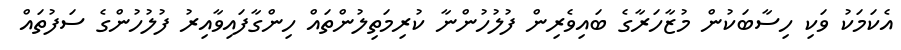
އެކަމަކު ވަކި ހިސާބަކުން މުޒާހަރާގެ ބައިވެރިން ފުލުހުންނާ ކުރިމަތިލުންތައް ހިންގާފައިވާއިރު ފުލުހުންގެ ސަފުތައް